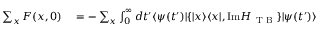
\begin{array} { r l } { \sum _ { x } F ( x , 0 ) } & { { } = - \sum _ { x } \int _ { 0 } ^ { \infty } d t ^ { \prime } \langle \psi ( t ^ { \prime } ) | \{ | x \rangle \langle x | , \mathrm { I m } H _ { \mathrm { ~ T ~ B ~ } } \} | \psi ( t ^ { \prime } ) \rangle } \end{array}